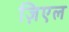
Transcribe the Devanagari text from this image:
ज़िएल